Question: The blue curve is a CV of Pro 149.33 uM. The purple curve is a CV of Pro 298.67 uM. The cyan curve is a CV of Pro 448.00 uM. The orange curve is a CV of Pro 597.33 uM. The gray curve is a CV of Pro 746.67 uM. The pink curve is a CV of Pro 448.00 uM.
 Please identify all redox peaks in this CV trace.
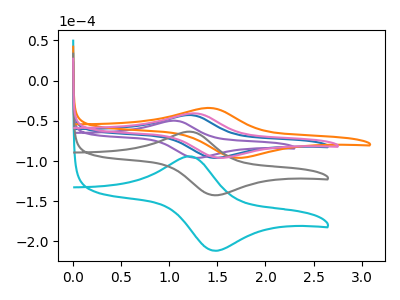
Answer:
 <answer>The blue curve "Pro 149.33 uM" has an anodic peak at (1.20V, -42.75uA) and a cathodic peak at (1.45V, -96.05uA). The purple curve "Pro 298.67 uM" has an anodic peak at (1.05V, -49.80uA) and a cathodic peak at (1.30V, -96.05uA). The cyan curve "Pro 448.00 uM" has an anodic peak at (1.20V, -126.95uA) and a cathodic peak at (1.45V, -285.05uA). The orange curve "Pro 597.33 uM" has an anodic peak at (1.40V, -33.95uA) and a cathodic peak at (1.70V, -96.05uA). The gray curve "Pro 746.67 uM" has an anodic peak at (1.20V, -63.45uA) and a cathodic peak at (1.45V, -142.50uA). The pink curve "Pro 448.00 uM" has an anodic peak at (1.25V, -40.65uA) and a cathodic peak at (1.55V, -96.05uA).</answer>
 <eval></eval>